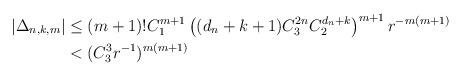
LaTeX: \begin{align*}\vert \Delta_{n,k,m}\vert&\leq (m+1)!C_1^{m+1}\left((d_n+k+1)C_3^{2n}C_2^{d_n+k}\right)^{m+1}r^{-m(m+1)}\\&< (C_3^3r^{-1})^{m(m+1)}\end{align*}